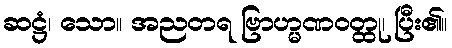
ဆဋ္ဌံ၊ သော။ အညတရ ဗြာဟ္မဏဝတ္ထု၊ ပြီး၏။